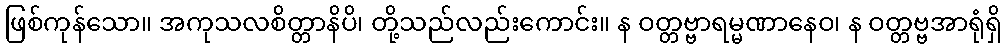
ဖြစ်ကုန်သော။ အကုသလစိတ္တာနိပိ၊ တို့သည်လည်းကောင်း။ န ဝတ္တဗ္ဗာရမ္မဏာနေဝ၊ န ဝတ္တဗ္ဗအာရုံရှိ